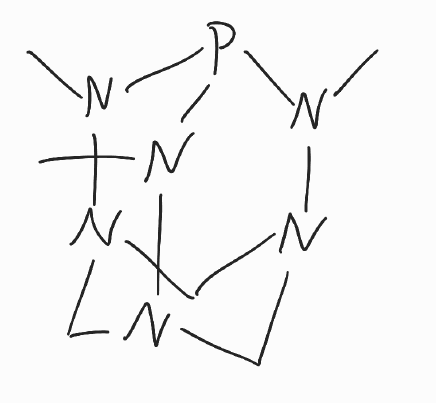
Simplified molecular-input line-entry system (SMILES) notation of the given molecule:
CN1N2CN3CN(C2)N(P1N3C)C